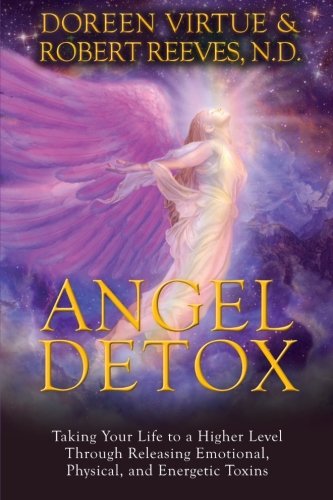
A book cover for Angel Detox: Taking Your Life to a Higher Level Through Releasing Emotional, Physical, and Energetic Toxins; Doreen Virtue; Religion & Spirituality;